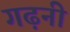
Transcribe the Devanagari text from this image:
गढ़नी